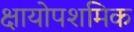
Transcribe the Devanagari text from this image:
क्षायोपशमिक